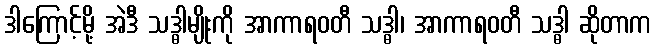
ဒါကြောင့်မို့ အဲဒီ သဒ္ဓါမျိုးကို အာကာရဝတီ သဒ္ဓါ၊ အာကာရဝတီ သဒ္ဓါ ဆိုတာက